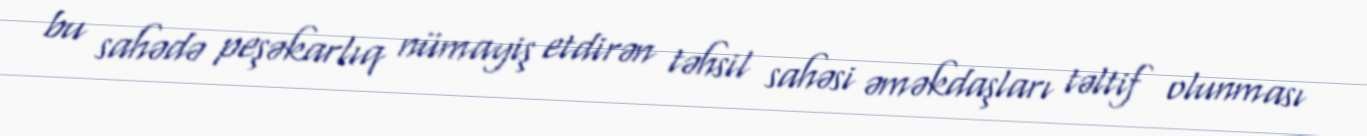
bu sahədə peşəkarlıq nümayiş etdirən təhsil sahəsi əməkdaşları təltif olunması